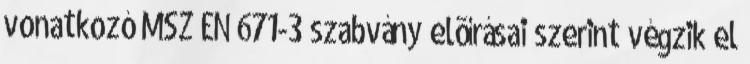
vonatkozó MSZ EN 671-3 szabvány elõírásai szerint végzik el